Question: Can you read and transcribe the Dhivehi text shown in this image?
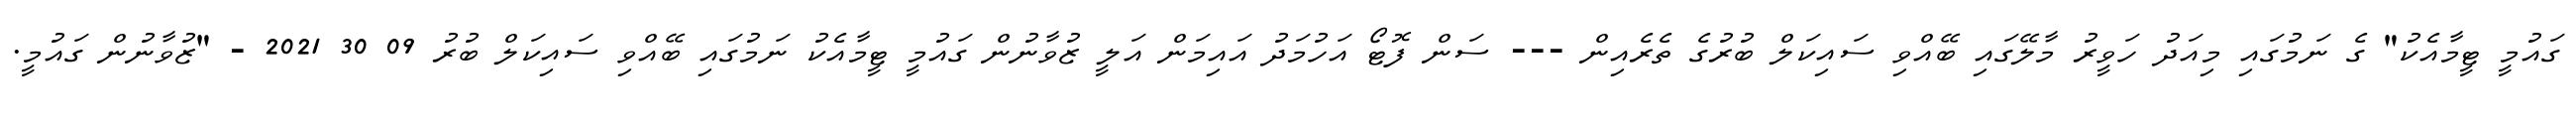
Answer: ގައުމީ ޓީމާއެކު" ގެ ނަމުގައި މިއަދު ހަވީރު މާލޭގައި ބޭއްވި ސައިކަލް ބުރުގެ ތެރެއިން --- ސަން ފޮޓޯ އަހުމަދު އައިމަން އަލީ ޒުވާނުން ގައުމީ ޓީމާއެކު ނަމުގައި ބޭއްވި ސައިކަލް ބުރު 09 30 2021 - "ޒުވާނުން ގައުމީ.